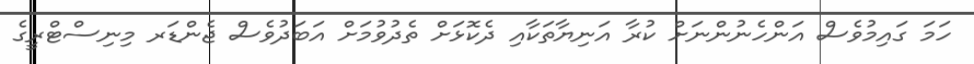
ހަމަ ގައިމުވެސް އަންހެނުންނަށް ކުރާ އަނިޔާތަކާއި ދެކޮޅަށް ތެދުވުމަށް އަބަދުވެސް ޖެންޑަރ މިނިސްޓްރީގެ